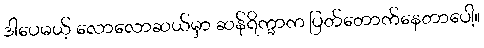
ဒါပေမယ့် လောလောဆယ်မှာ ဆန်ရိက္ခာက ပြတ်တောက်နေတာပေါ့။